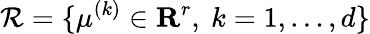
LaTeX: {\cal R}=\{ \mu^{(k)}\in\mathbf{R}^{r},\ k=1,\ldots,d\}